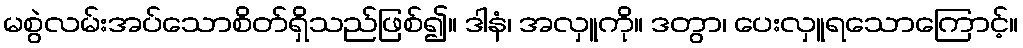
မစွဲလမ်းအပ်သောစိတ်ရှိသည်ဖြစ်၍။ ဒါနံ၊ အလှူကို။ ဒတွာ၊ ပေးလှူရသောကြောင့်။